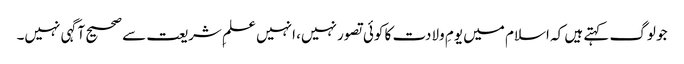
جو لوگ کہتے ہیں کہ اسلام میں یومِ ولادت کا کوئی تصور نہیں، انہیں علمِ شریعت سے صحیح آگہی نہیں۔